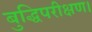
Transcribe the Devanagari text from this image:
बुद्धिपरीक्षण।